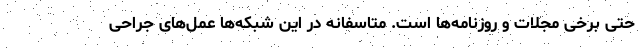
حتی برخی مجلات و روزنامه‌ها است. متاسفانه در این شبکه‌ها عمل‌های جراحی